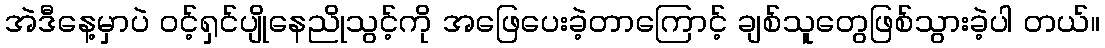
အဲဒီနေ့မှာပဲ ဝင့်ရှင်ပျိုနေညိုသွင့်ကို အဖြေပေးခဲ့တာကြောင့် ချစ်သူတွေဖြစ်သွားခဲ့ပါ တယ်။